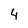
Character: 4